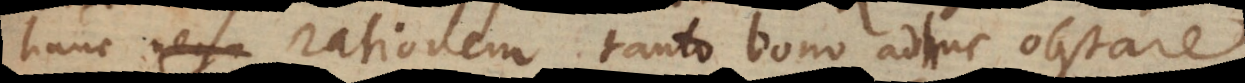
hanc nega rationem tanto bono adhuc obstare